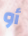
أو